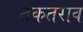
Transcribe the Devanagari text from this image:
तकतराव